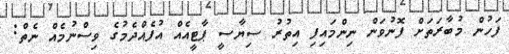
ފަހުން މުބާރަތަށް ފޮނުވަން ނިންމައިފި އިތުރު ސިޔާސީ ޕާޓީއެއް އުފެއްދެމުގެ ވިސްނުމެއް ނެތް: